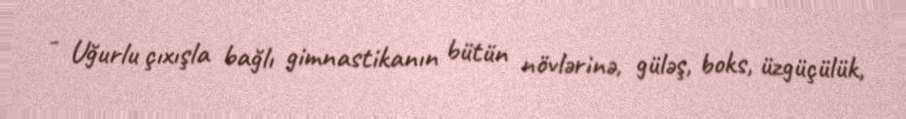
- Uğurlu çıxışla bağlı gimnastikanın bütün növlərinə, güləş, boks, üzgüçülük,